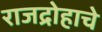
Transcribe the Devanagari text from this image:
राजद्रोहाचे